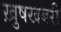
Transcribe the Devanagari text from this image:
ख़ुषखबरी